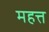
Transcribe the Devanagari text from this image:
महत्त